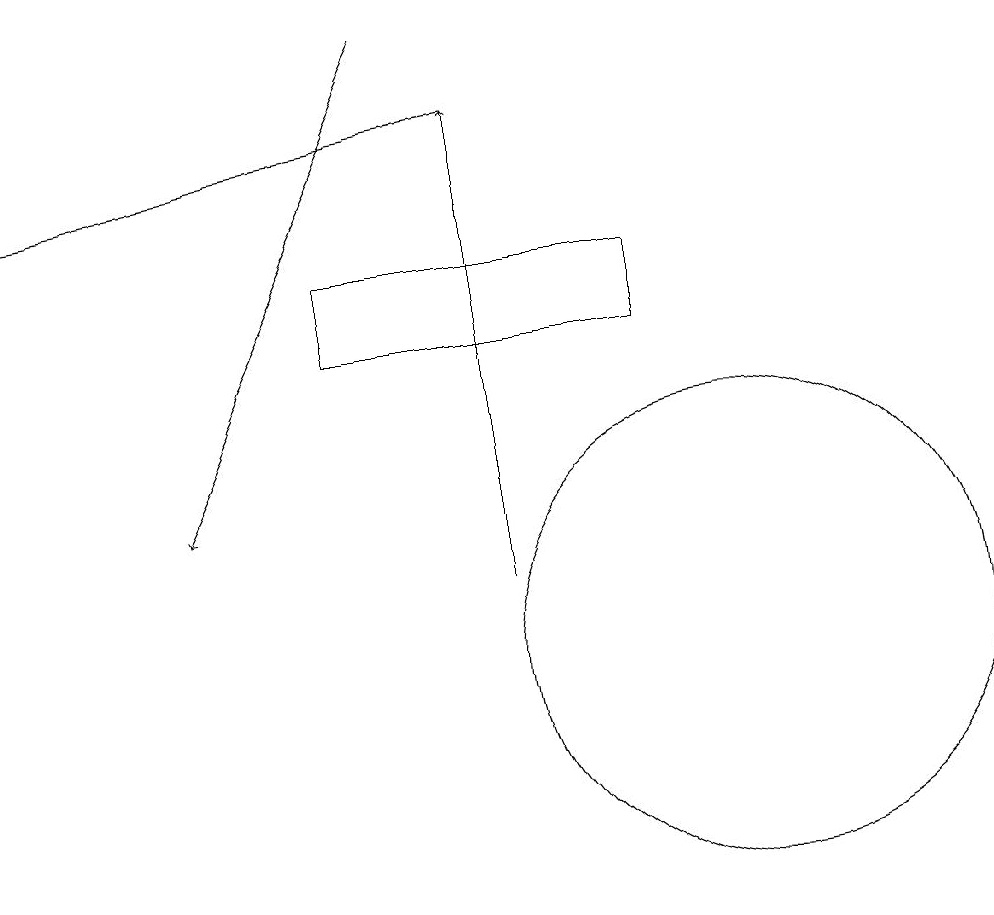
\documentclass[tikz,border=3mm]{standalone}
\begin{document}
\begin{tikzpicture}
\draw (10,10) circle (3);
\draw[->] (6,18) -- (3,12);
\draw (5,14) rectangle (9,15);
\draw[->] (7,11) -- (7,17);
\draw[->] (7,17) -- (1,16);
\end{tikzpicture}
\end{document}